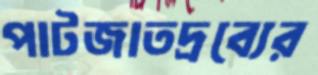
পাটজাতদ্রব্যের